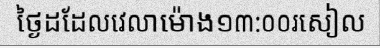
ថ្ងៃដដែលវេលាម៉ោង១៣:០០រសៀល